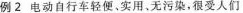
例2电动自行车轻便。实用，无污染，很受人们